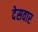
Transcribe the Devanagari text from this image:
देसवार